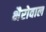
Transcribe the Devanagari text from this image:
भैरोवाल